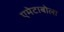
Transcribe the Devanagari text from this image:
एमेटाबोला